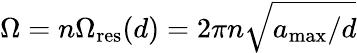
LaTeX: \Omega=n\Omega_{\mathrm{res}}(d)=2\pi n\sqrt{a_{\mathrm{max}}/d}